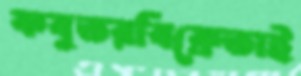
কবুতরবিক্রেতাই